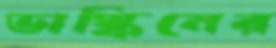
ভাস্কিনের